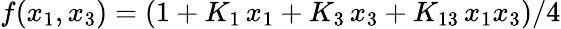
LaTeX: f(x_{1},x_{3})=(1+K_{1}\, x_{1}+K_{3}\, x_{3}+K_{13}\, x_{1}x_{3})/4